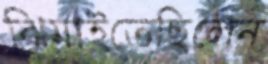
ঝিমাইতেছিলেন